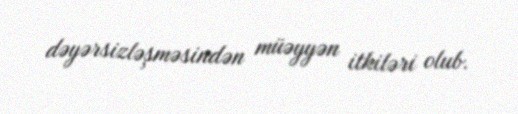
dəyərsizləşməsindən müəyyən itkiləri olub.